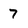
Character: 7